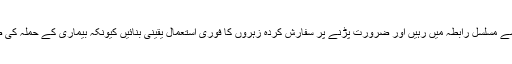
انہوںنے کپاس کے کاشتکاروں کو ہدایت کی کہ وہ محکمہ زراعت کے عملہ سے مسلسل رابطہ میں رہیں اور ضرورت پڑنے پر سفارش کردہ زہروں کا فوری استعمال یقینی بنائیں کیونکہ بیماری کے حملہ کی صورت میں زرا سی بھی کوتاہی فصل کے بڑے نقصان کا باعث بن سکتی ہے۔